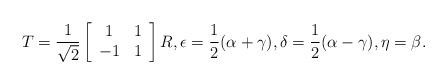
LaTeX: \begin{align*} T = \frac{1}{\sqrt 2} \left[\begin{array}{cc} 1 & 1 \\ -1 & 1 \end{array}\right] R, \epsilon = \frac{1}{2} (\alpha + \gamma), \delta = \frac{1}{2} (\alpha - \gamma), \eta = \beta.\end{align*}